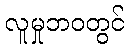
လူမှုဘဝတွင်